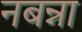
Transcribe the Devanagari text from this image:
नबन्ना